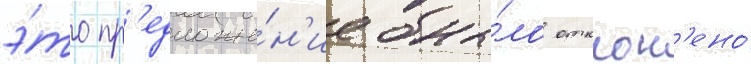
э́то пр'едложе́н'ие бы́ло отклон'ено́